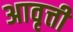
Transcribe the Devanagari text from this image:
अावृत्ती